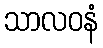
သာလဝနံ